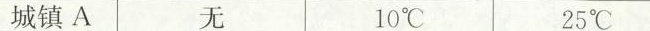
城镇A 无 10℃ 25℃